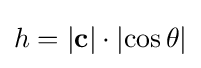
h=\left|\mathbf {c} \right|\cdot \left|\cos \theta \right|